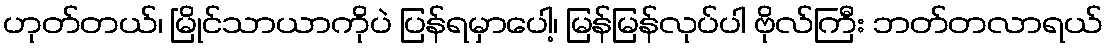
ဟုတ်တယ်၊ မြိုင်သာယာကိုပဲ ပြန်ရမှာပေါ့၊ မြန်မြန်လုပ်ပါ ဗိုလ်ကြီး ဘတ်တလာရယ်